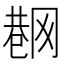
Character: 𱜟